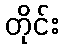
တိုင်း